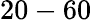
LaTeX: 20-60